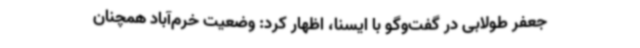
جعفر طولابی در گفت‌وگو با ایسنا، اظهار کرد: وضعیت خرم‌آباد همچنان